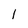
Character: l